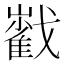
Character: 𡾃